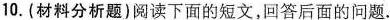
10.(材料分析题)阅读下面的短文，回答后面的问题。